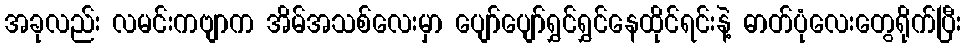
အခုလည်း လမင်းကဗျာက အိမ်အသစ်လေးမှာ ပျော်ပျော်ရွှင်ရွှင်နေထိုင်ရင်းနဲ့ ဓာတ်ပုံလေးတွေရိုက်ပြီး